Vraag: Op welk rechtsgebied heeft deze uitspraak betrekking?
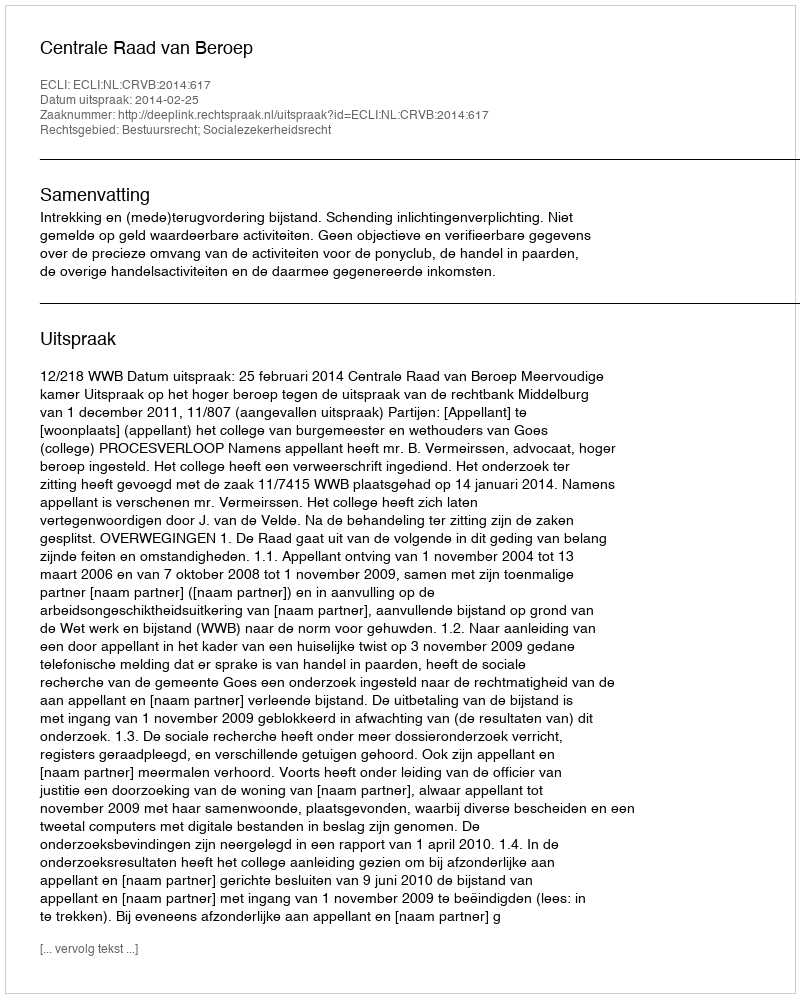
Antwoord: Bestuursrecht; Socialezekerheidsrecht